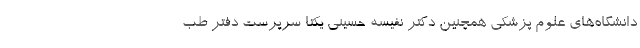
دانشگاه‌های علوم پزشکی همچنین دکتر نفیسه حسینی یکتا سرپرست دفتر طب